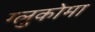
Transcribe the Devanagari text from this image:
ग्लुकोमा